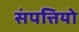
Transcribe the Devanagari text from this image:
संपत्तियो